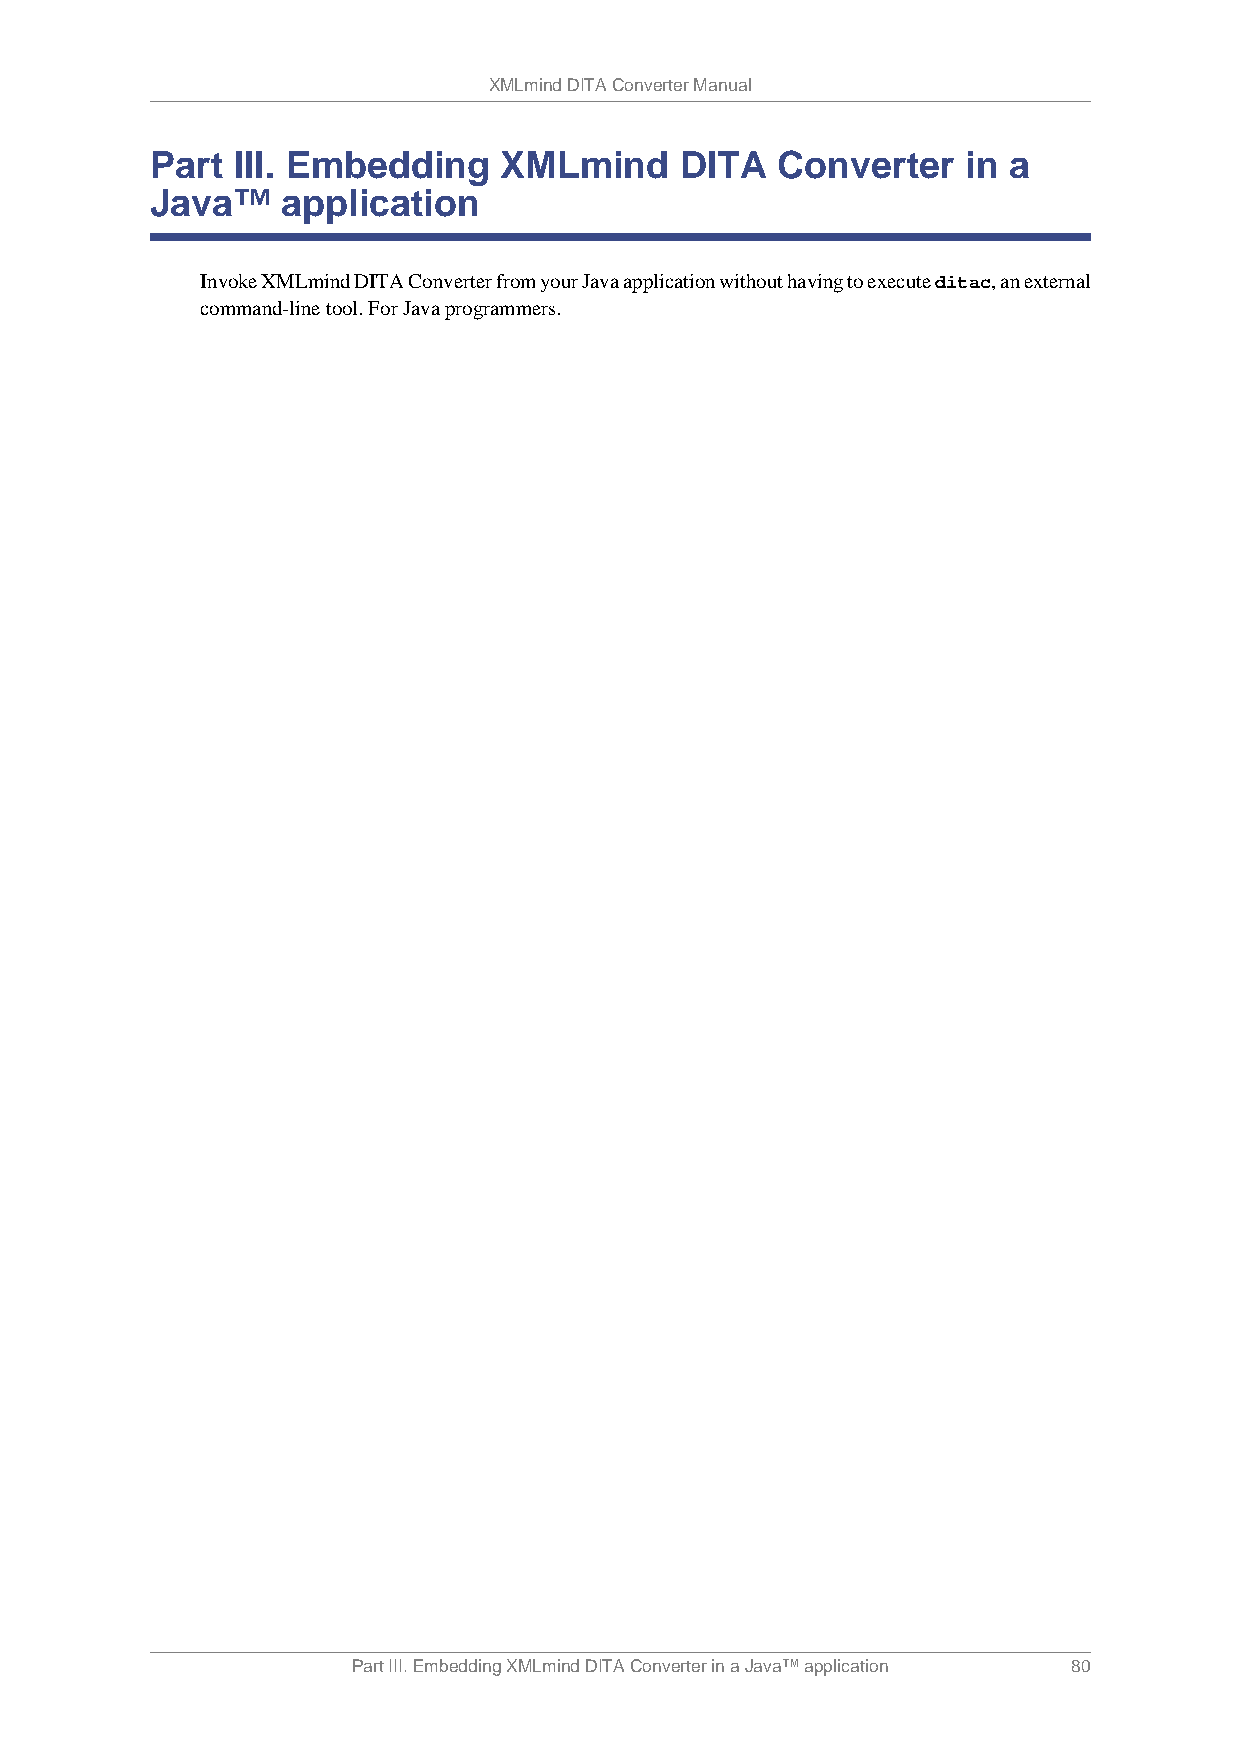
XMLmind DITA Converter Manual
 Part III. Embedding    XMLmind     DITA  Converter    in a
 Java™    application
 Invoke XMLmind DITA Converter from your Java application without having to execute ditac, an external
 command-line tool. For Java programmers.
 Part III. Embedding XMLmind DITA Converter in a Java™ application 80